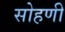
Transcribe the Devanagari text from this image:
सोहणी